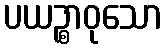
ပယဉ္စာဝုသော